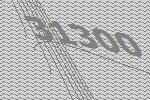
31300